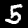
Label: 5